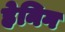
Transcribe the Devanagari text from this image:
हेनिग